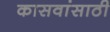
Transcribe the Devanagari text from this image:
कासवांसाठी